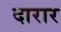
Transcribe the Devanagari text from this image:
दारार